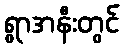
ရွာအနီးတွင်